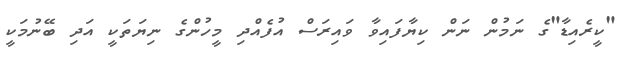
"ކީރެއިޑާ"ގެ ނަމުން ނަން ކިޔާފައިވާ ވައިރަސް އުފެއްދި މީހުންގެ ނިޔަތަކީ އަދި ބޭނުމަކީ